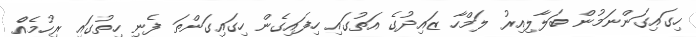
ހިގައިގަންނަމުން ބަލާލިއިރު ލަމްހާ ޒައިދުގެ އަތުގައި ހިފައިގެން ހިގައިގަންތަ ފެނި ހިތުގައި ރިހުމެއެް